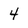
Character: 4